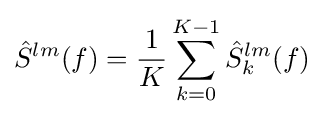
{\hat {S}}^{lm}(f)={\frac {1}{K}}\sum _{k=0}^{K-1}{\hat {S}}_{k}^{lm}(f)